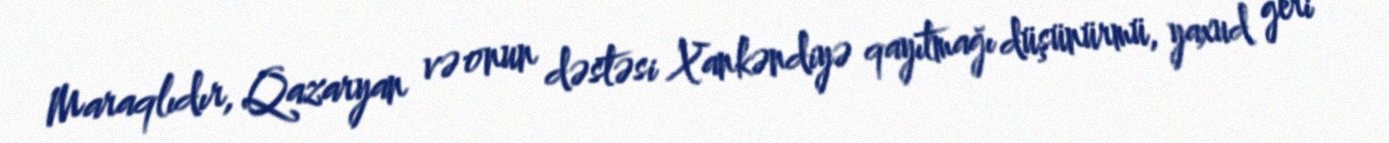
Maraqlıdır, Qazaryan və onun dəstəsi Xankəndiyə qayıtmağı düşünürmü, yaxud geri